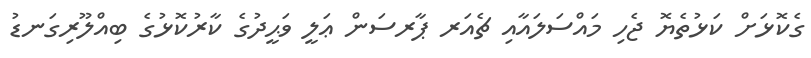
ގެކޮޅަށް ކަޅުތެޔޮ ޖެހި މައްސަލައާއި ޗެއަރ ޕާރސަން ޢަލީ ވަޙީދުގެ ކާރުކޮޅުގެ ބިއްލޫރިގަނޑު